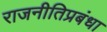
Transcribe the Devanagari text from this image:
राजनीतिप्रबंधा